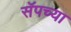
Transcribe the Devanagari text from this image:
सॅपच्या